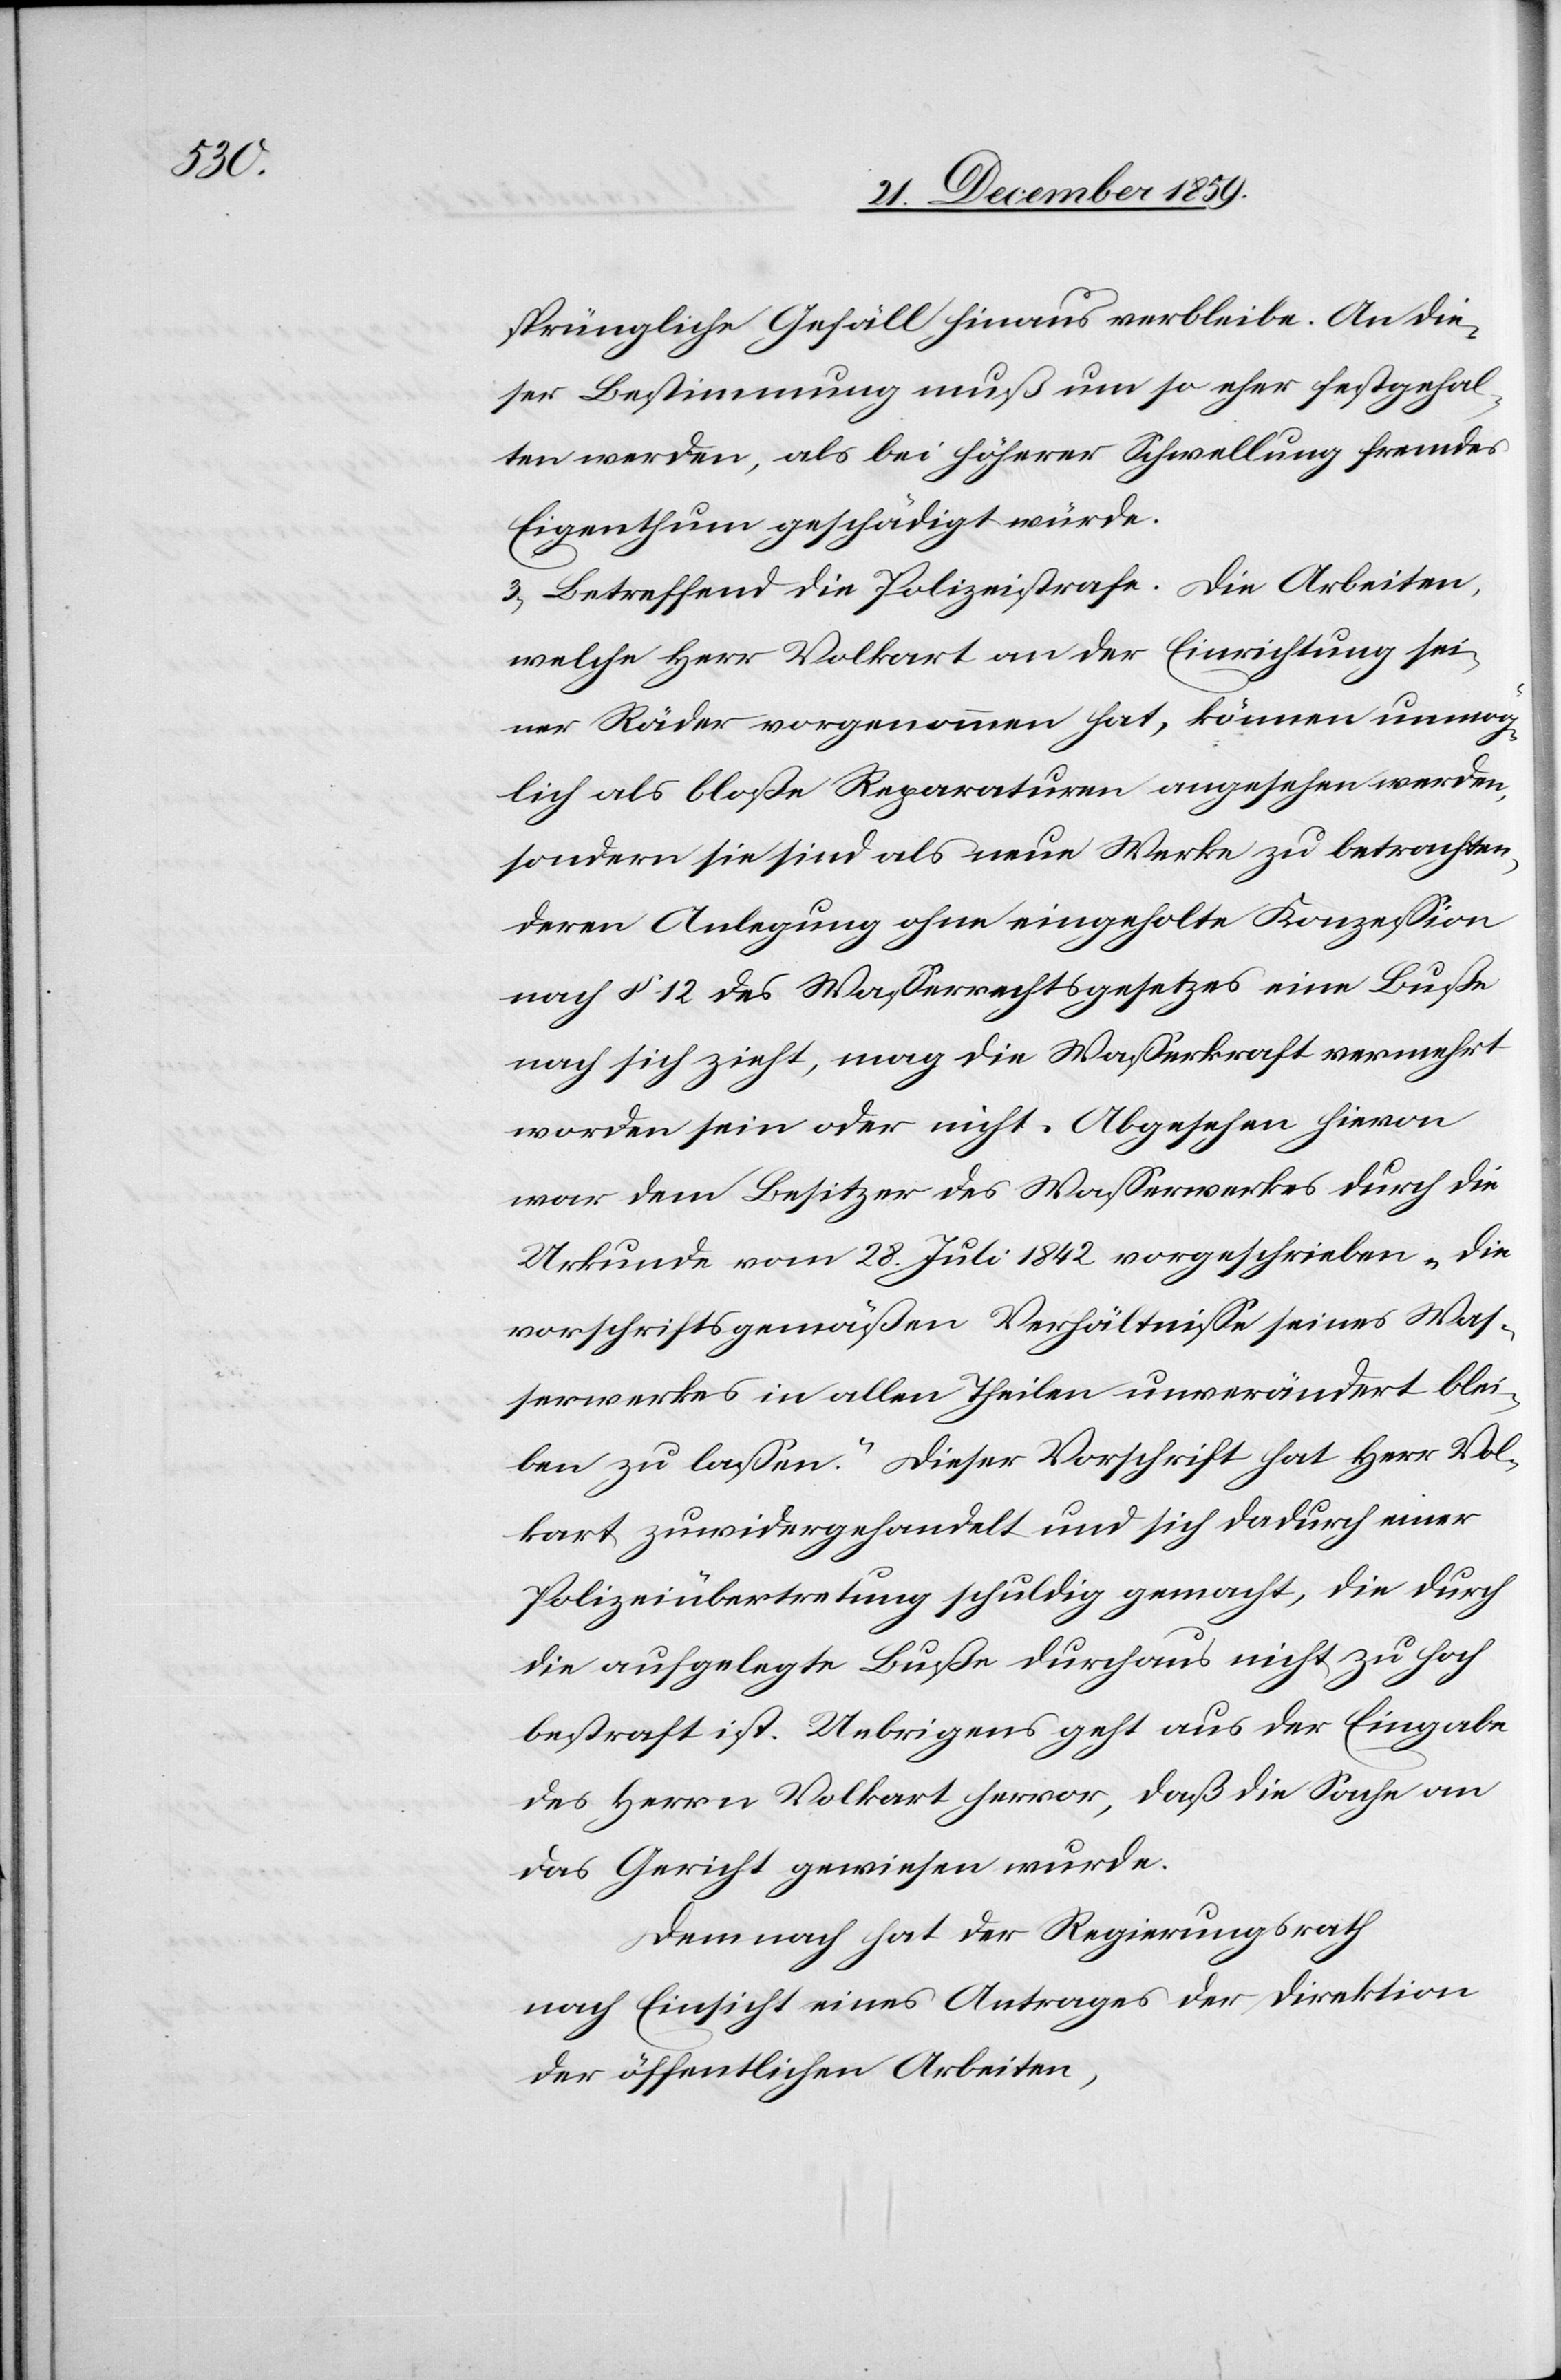
sprüngliche Gefäll hinaus verbleibe. An die¬
ser Bestimmung muß um so eher festgehal¬
ten werden, als bei höherer Schwellung fremdes
Eigenthum geschädigt würde.
3) Betreffend die Polizeistrafe. Die Arbeiten,
welche Herr Volkart an der Einrichtung sei¬
ner Räder vorgenommen hat, können unmög¬
lich als bloße Reparaturen angesehen werden,
sondern sie sind als neue Werke zu betrachten,
deren Anlegung ohne eingeholte Konzession
nach § 12 des Wasserrechtsgesetzes eine Buße
nach sich zieht, mag die Wasserkraft vermehrt
worden sein oder nicht. Abgesehen hievon
war dem Besitzer des Wasserwerkes durch die
Urkunde vom 28. Juli 1842 vorgeschrieben „die
vorschriftsgemäßen Verhältnisse seines Was¬
serwerkes in allen Theilen unverändert blei¬
ben zu lassen.“ Dieser Vorschrift hat Herr Vol¬
kart zuwidergehandelt und sich dadurch einer
Polizeiübertretung schuldig gemacht, die durch
die aufgelegte Buße durchaus nicht zu hoch
bestraft ist. Uebrigens geht aus der Eingabe
des Herrn Volkart hervor, daß die Sache an
das Gericht gewiesen wurde.
Demnach hat der Regierungsrath
nach Einsicht eines Antrages der Direktion
der öffentlichen Arbeiten,